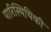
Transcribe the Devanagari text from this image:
पारिस्थिथिकी